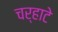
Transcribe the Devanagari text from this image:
चर्‍हाटे